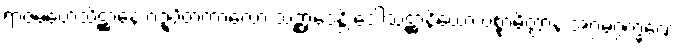
ရာဇမဟေသိဋ္ဌာနေ ဝဍ္ဎိတကာလော သဉ္ဆာဒေန္တိ ဒေါသဋ္ဌာနိယော ပစ္စာမိတ္တာနံ အဂ္ဂမဂ္ဂက္ခဏေ